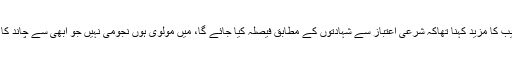
مفتی منیب کا مزید کہنا تھاکہ شرعی اعتباز سے شہادتوں کے مطابق فیصلہ کیا جائے گا، میں مولوی ہوں نجومی نہیں جو ابھی سے چاند کا بتا دوں۔